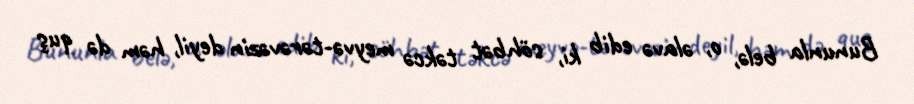
Bununla belə, o, əlavə edib ki, söhbət təkcə meyvə-tərəvəzin deyil, həm də quş